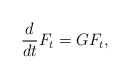
\begin{align*}\frac{d}{dt}F_t=GF_t,\end{align*}